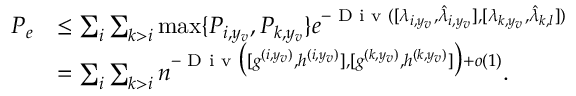
\begin{array} { r l } { P _ { e } } & { \leq \sum _ { i } \sum _ { k > i } \operatorname* { m a x } \{ P _ { i , y _ { v } } , P _ { k , y _ { v } } \} e ^ { - \textup { D i v } ( [ { \lambda _ { i , y _ { v } } } , { \hat { \lambda } _ { i , y _ { v } } } ] , [ { \lambda _ { k , y _ { v } } } , { \hat { \lambda } _ { k , l } } ] ) } } \\ & { = \sum _ { i } \sum _ { k > i } n ^ { - \textup { D i v } \big ( [ { g ^ { ( i , y _ { v } ) } } , { h ^ { ( i , y _ { v } ) } } ] , [ { g ^ { ( k , y _ { v } ) } } , { h ^ { ( k , y _ { v } ) } } ] \big ) + o ( 1 ) } . } \end{array}